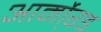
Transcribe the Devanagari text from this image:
आर्मो्रड